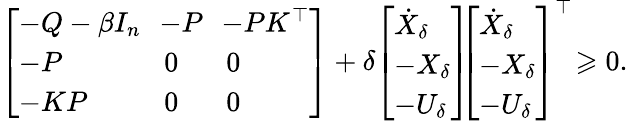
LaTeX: \left[\begin{array}{lll}{-Q-\beta I_{n}\! }&{\! -P\! }&{\! -PK^{\top}}\\ {-P}&{0}&{0}\\ {-KP}&{0}&{0}\end{array}\right]+\delta\! \left[\begin{array}{l}{\dot{X}_{\delta}}\\ {-X_{\delta}}\\ {-U_{\delta}}\end{array}\right]\! \! \left[\begin{array}{l}{\dot{X}_{\delta}}\\ {-X_{\delta}}\\ {-U_{\delta}}\end{array}\right]^{\top}\! \geqslant 0.